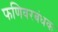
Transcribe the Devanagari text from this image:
फणिवरबंधक